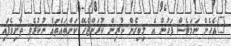
"އެހެން ނަމަވެސް ފަހުން އެ ލިބިގެން ކުރިން ކުރަންޖެހޭ ކަންތައްތައް ނުކުރެވި ތާށިވެފައި